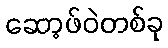
ဆော့ဖ်ဝဲတစ်ခု